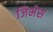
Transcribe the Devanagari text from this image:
जिभेस